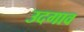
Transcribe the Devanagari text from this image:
उदगाव